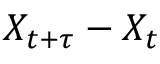
X _ { t + \tau } - X _ { t }